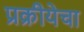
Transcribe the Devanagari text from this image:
प्रक्रीयेचा